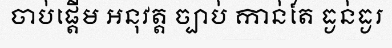
ចាប់ផ្តើម អនុវត្ត ច្បាប់ កាន់តែ ធ្ងន់ធ្ងរ